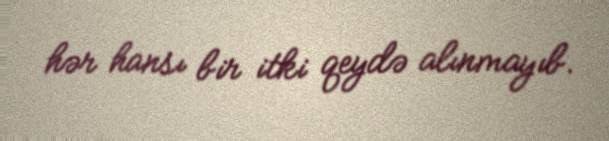
hər hansı bir itki qeydə alınmayıb.